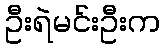
ဦးရဲမင်းဦးက